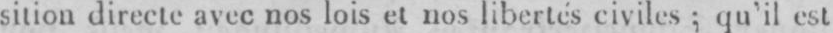
sition directe avec nos lois et nos libertés civiles; qu’il est